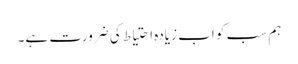
ہم سب کو اب زیادہ احتیاط کی ضرورت ہے۔